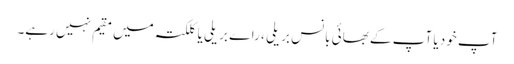
آپ خود یا آپ کے بھائی بانس بریلی ، راے بریلی یا کلکتہ میں مقیم نہیں رہے۔